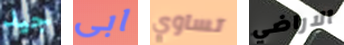
جيد ابى تساوي الاراضي